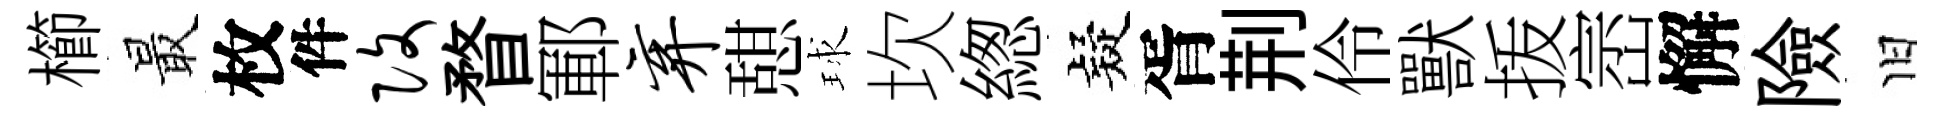
櫛最枚件改瞀鄆弃憇球坎緫疑胥荆伶獸㧞崈懈險旧